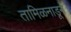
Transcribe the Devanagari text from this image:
तामिळनाडूने